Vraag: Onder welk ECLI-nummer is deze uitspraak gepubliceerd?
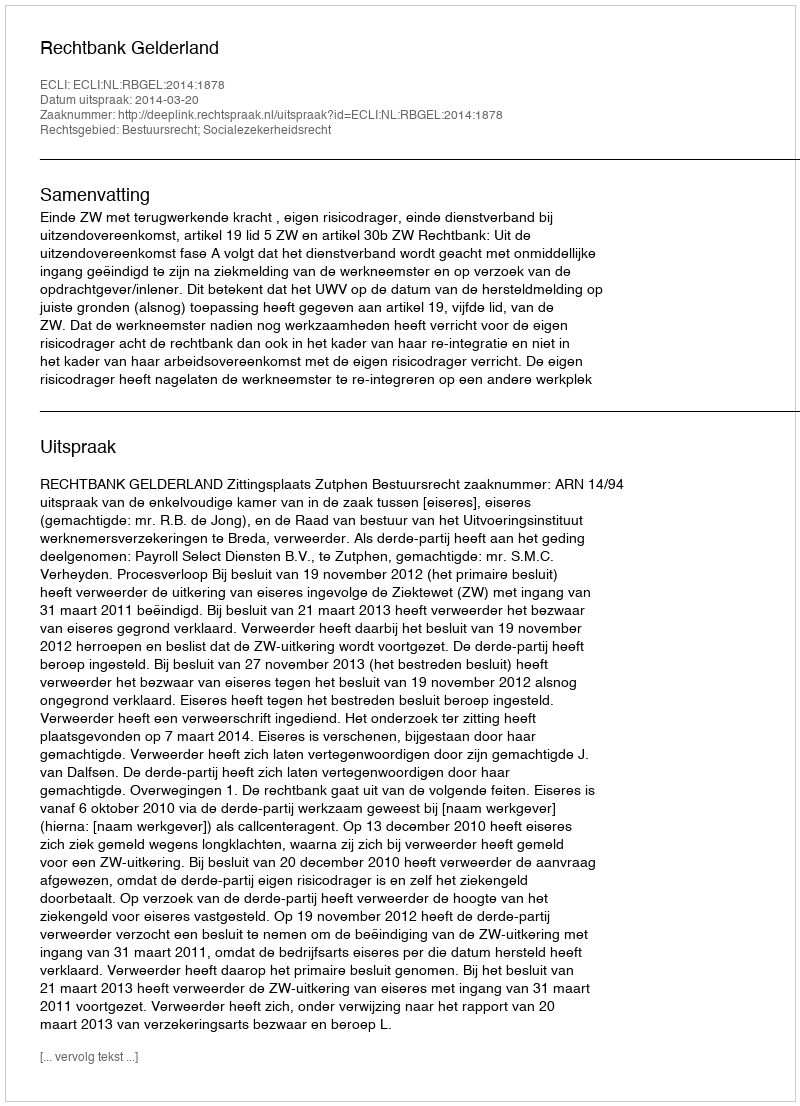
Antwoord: ECLI:NL:RBGEL:2014:1878